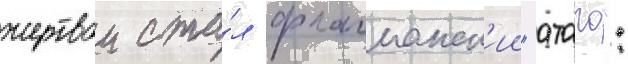
жертвои ста́л флагманск'ии "атаго":